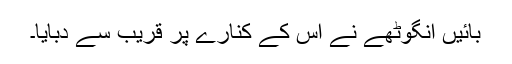
بائیں انگوٹھے نے اس کے کنارے پر قریب سے دبایا۔